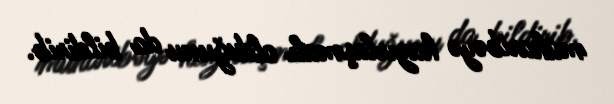
müharibəyə hazırlaşmalı olduğunu da bildirib.